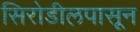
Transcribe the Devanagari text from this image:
सिरोडीलपासून